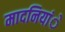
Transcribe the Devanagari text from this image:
मादनियांे